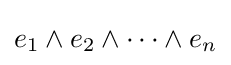
e_{1}\wedge e_{2}\wedge \cdots \wedge e_{n}